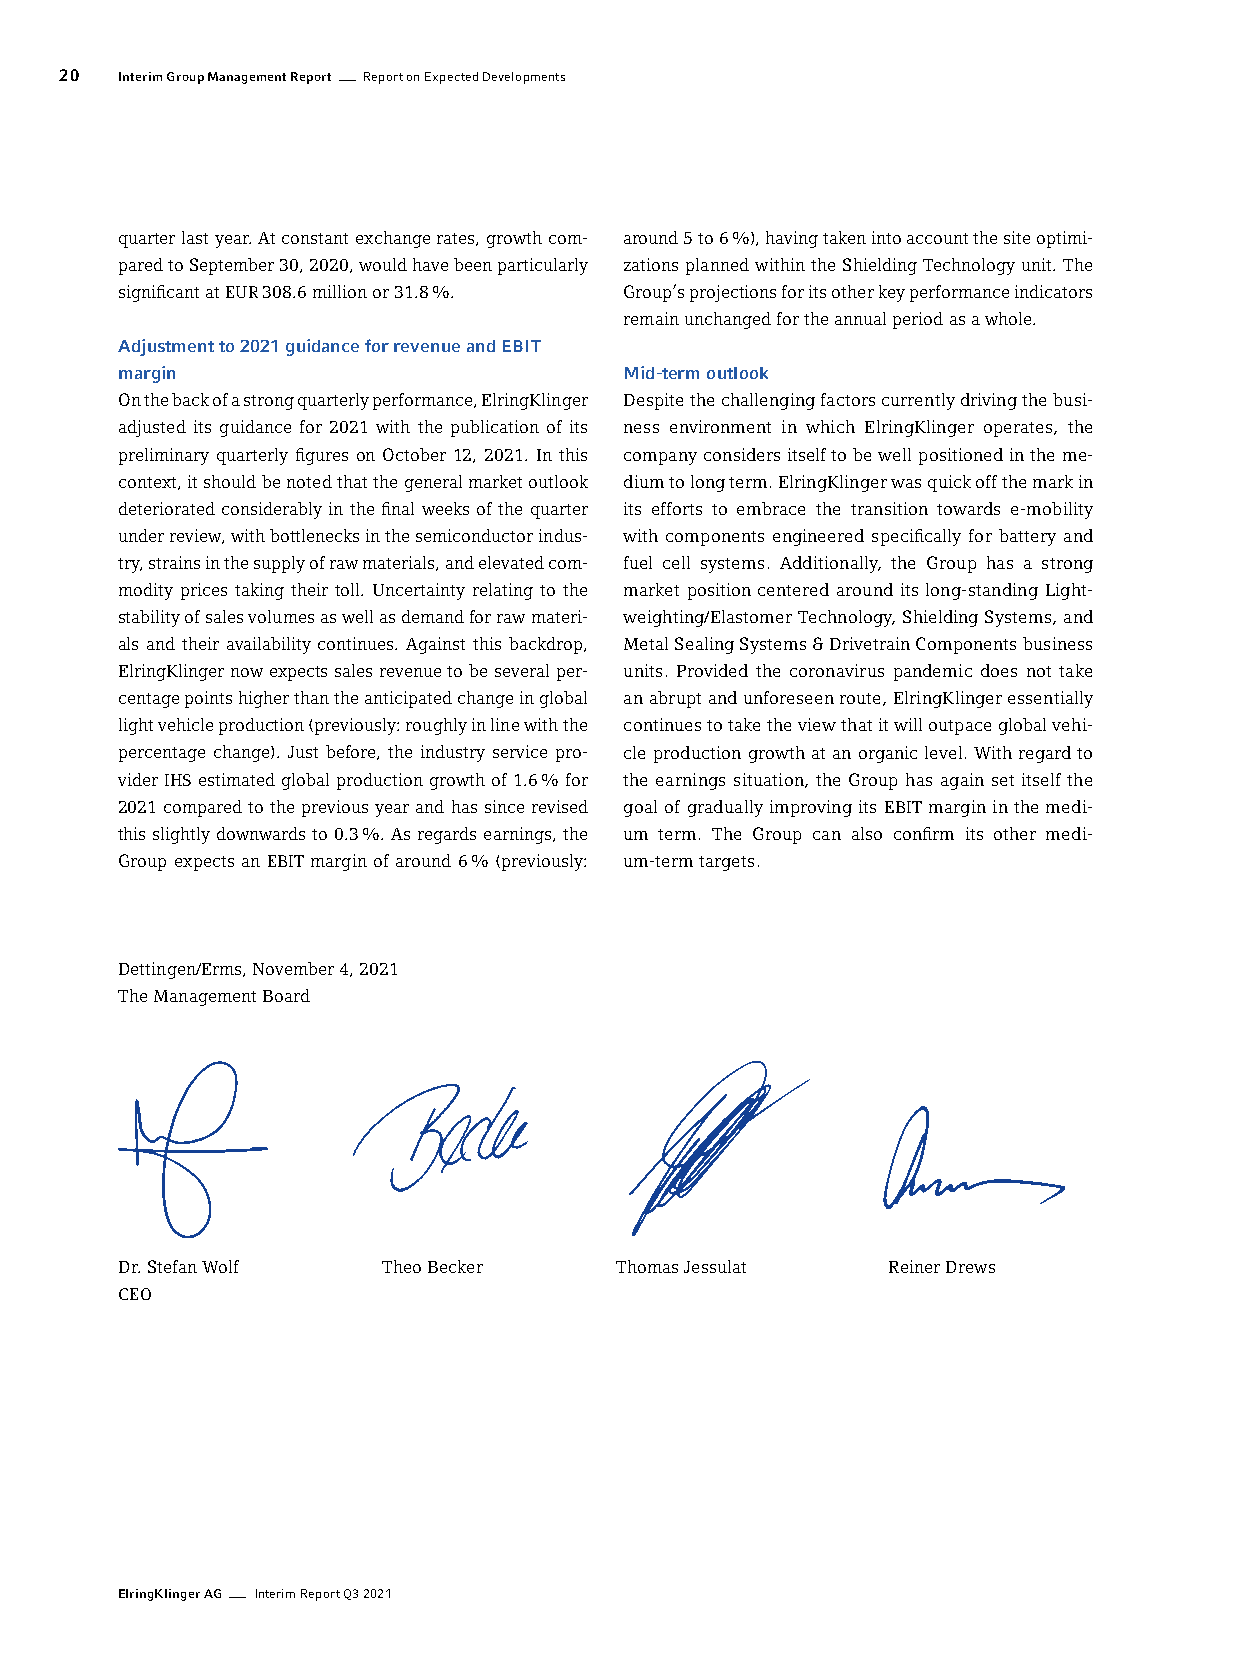
20  Interim Group Management Report Report on Expected Developments
 quarter last year. At constant exchange rates, growth com- around 5 to 6 %), having taken into account the site optimi-
 pared to September 30, 2020, would have been particularly zations planned within the Shielding Technology unit. The
 significant at EUR 308.6 million or 31.8 %. Group’s projections for its other key performance indicators
 remain unchanged for the annual period as a whole.
 Adjustment to 2021 guidance for revenue and EBIT
 margin                           Mid-term outlook
 On the back of a strong quarterly performance, ElringKlinger Despite the challenging factors currently driving the busi-
 adjusted its guidance for 2021 with the publication of its ness environment in which ElringKlinger operates, the
 preliminary quarterly figures on October 12, 2021. In this company considers itself to be well positioned in the me-
 context, it should be noted that the general market outlook dium to long term. ElringKlinger was quick off the mark in
 deteriorated considerably in the final weeks of the quarter its efforts to embrace the transition towards e-mobility
 under review, with bottlenecks in the semiconductor indus- with components engineered specifically for battery and
 try, strains in the supply of raw materials, and elevated com- fuel cell systems. Additionally, the Group has a strong
 modity prices taking their toll. Uncertainty relating to the market position centered around its long-standing Light-
 stability of sales volumes as well as demand for raw materi- weighting/Elastomer Technology, Shielding Systems, and
 als and their availability continues. Against this backdrop, Metal Sealing Systems & Drivetrain Components business
 ElringKlinger now expects sales revenue to be several per- units. Provided the coronavirus pandemic does not take
 centage points higher than the anticipated change in global an abrupt and unforeseen route, ElringKlinger essentially
 light vehicle production (previously: roughly in line with the continues to take the view that it will outpace global vehi-
 percentage change). Just before, the industry service pro- cle production growth at an organic level. With regard to
 vider IHS estimated global production growth of 1.6 % for the earnings situation, the Group has again set itself the
 2021 compared to the previous year and has since revised goal of gradually improving its EBIT margin in the medi-
 this slightly downwards to 0.3 %. As regards earnings, the um term. The Group can also confirm its other medi-
 Group expects an EBIT margin of around 6 % (previously: um-term targets.
 Dettingen/Erms, November 4, 2021
 The Management Board
 Dr. Stefan Wolf  Theo Becker     Thomas Jessulat   Reiner Drews
 CEO
 ElringKlinger AG Interim Report Q3 2021